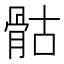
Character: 骷